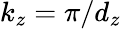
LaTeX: k_{z}=\pi/d_{z}